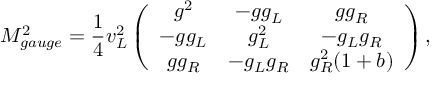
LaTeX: M _ { g a u g e } ^ { 2 } = \frac { 1 } { 4 } { v _ { L } ^ { 2 } } \left( \begin{array} { c c c } { { g ^ { 2 } } } & { { - g g _ { L } } } & { { g g _ { R } } } \\ { { - g g _ { L } } } & { { g _ { L } ^ { 2 } } } & { { - g _ { L } g _ { R } } } \\ { { g g _ { R } } } & { { - g _ { L } g _ { R } } } & { { g _ { R } ^ { 2 } ( 1 + b ) } } \end{array} \right) ,